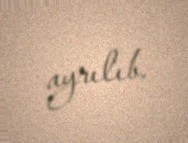
ayrılıb.